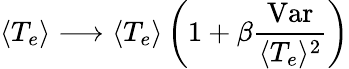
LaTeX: \langle T_{e}\rangle\longrightarrow\langle T_{e}\rangle\left(1+\beta\frac{\mathrm{Var}}{\langle T_{e}\rangle^{2}}\right)